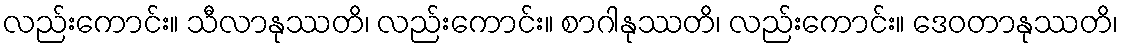
လည်းကောင်း။ သီလာနုဿတိ၊ လည်းကောင်း။ စာဂါနုဿတိ၊ လည်းကောင်း။ ဒေဝတာနုဿတိ၊